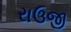
રાઉજી